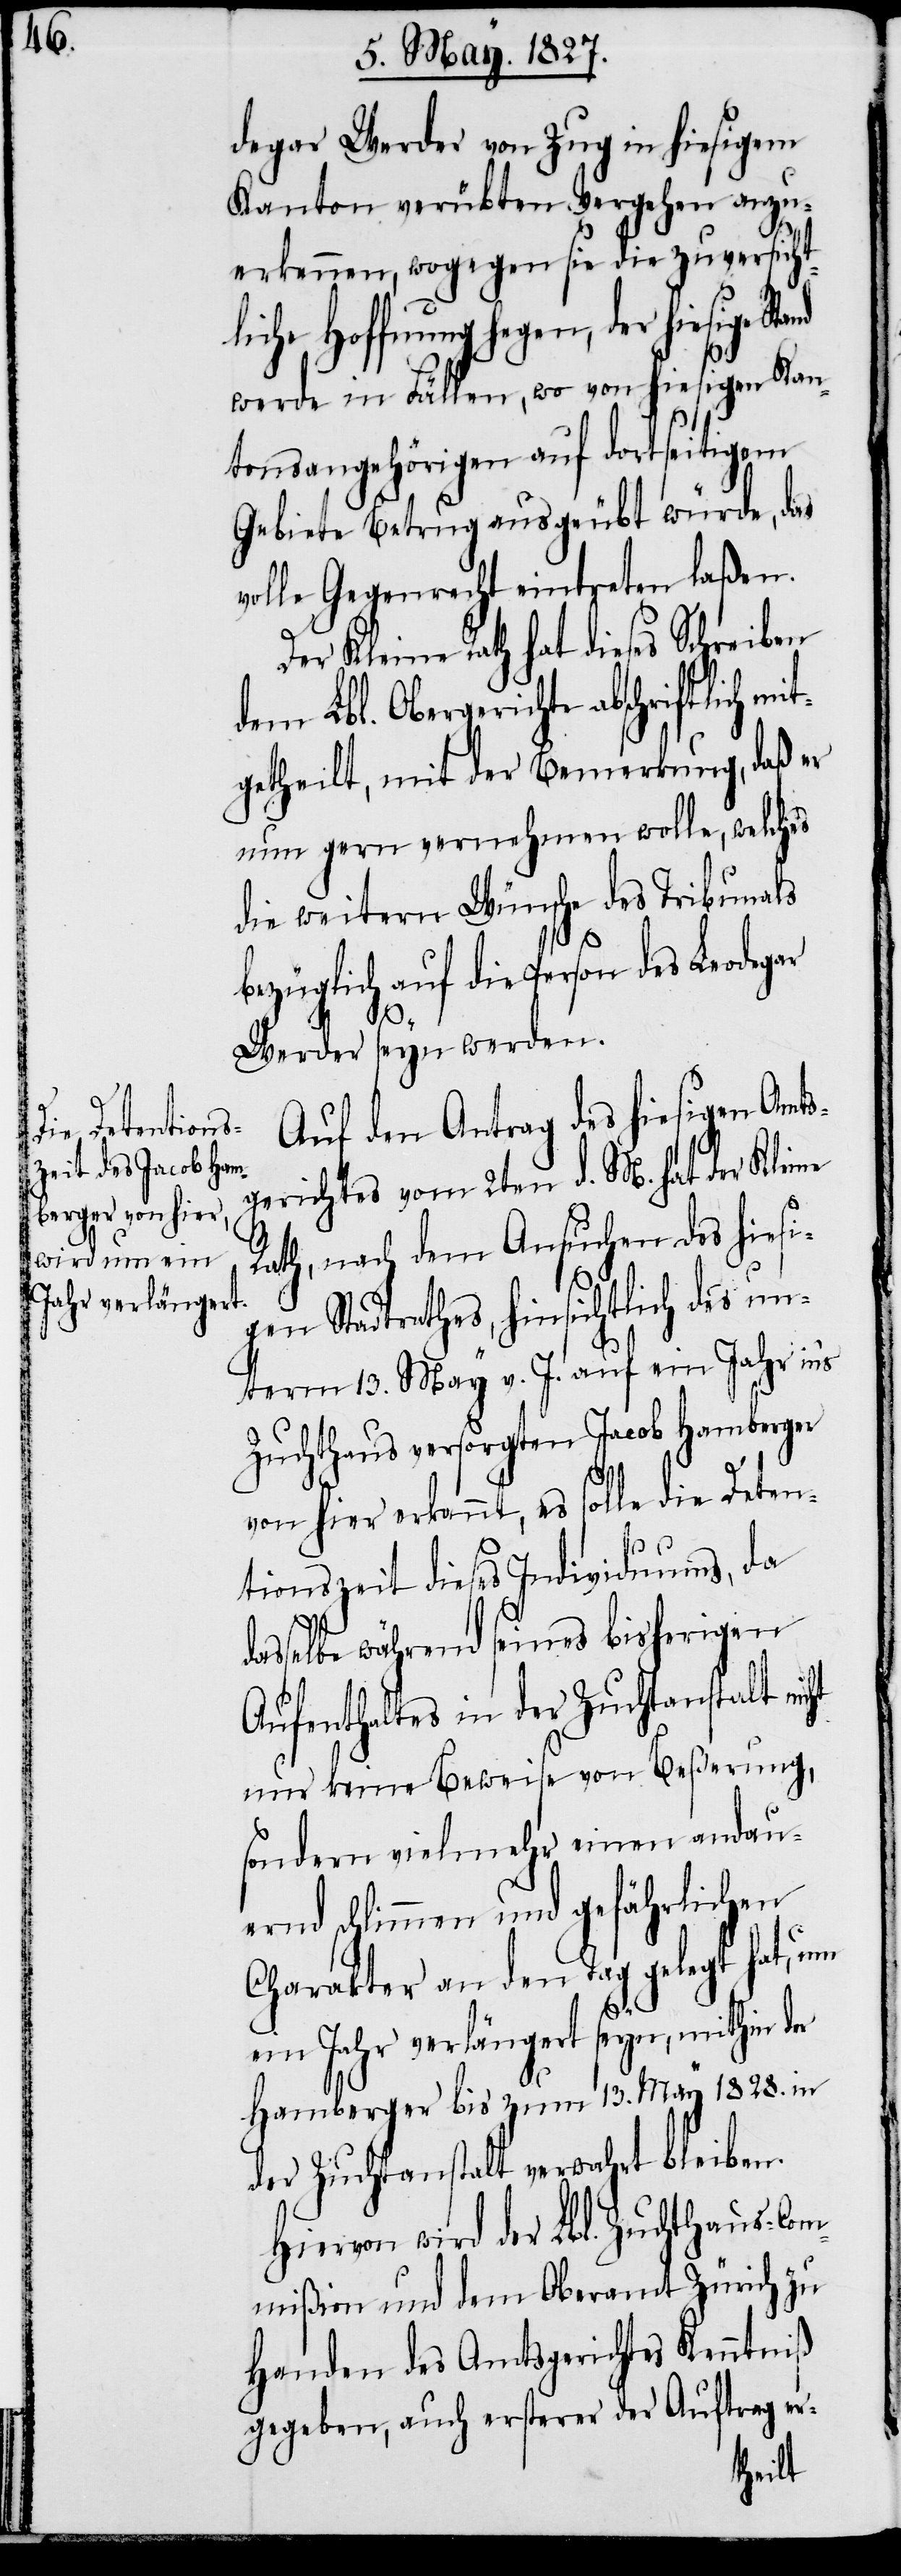
degar Werder von Zug in hiesigem
Kanton verübten Vergehen anzu¬
erkennen, wogegen sie die zuversicht¬
liche Hoffnung hegen, der hiesige
werde in Fällen, wo von hiesigen Kan¬
tonsangehörigen auf dortseitigem
Gebiete Betrug ausgeübt würde, das
volle Gegenrecht eintreten laßen.
Der Kleine Rath hat dieses Schreiben
dem Lbl. Obergerichte abschriftlich
getheilt, mit der Bemerkung, daß er
nun gern vernehmen wolle, welches
die weitern Wünsche des Tribunals
bezüglich auf die Person des Leodegar
Amts¬
Werder seyn werden.
Auf den Antrag des hierseitigen
gerichtes vom 2ten d. M. hat der Kleine
Rath, nach dem Ansuchen des hiesi¬
gen Stadtrathes, hinsichtlich des un¬
term 13. May v. J. auf ein Jahr in’s
Zuchthaus versorgten Jacob Hamberger
von hier erkannt, es solle die Deten¬
tionszeit dieses Individuums, da
dasselbe während seines bisherigen
Aufenthaltes in der Zuchtanstalt nicht
nur keine Beweise von Beßerung,
sondern vielmehr einen andau¬
ernd schlimmen und gefährlichen
Charakter an den Tag gelegt hat, um
ein Jahr verlängert seyn, mithin der
Hamberger bis zum 13. May 1828. in
der Zuchtanstalt verwahrt bleiben.
Hiervon wird der Lbl. Zuchthaus-Com¬
mißion und dem Oberamt Zürich zu
Handen des Amtsgerichtes Kenntniß
gegeben, auch ersterer der Auftrag er-